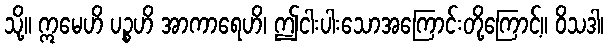
သို့။ ဣမေဟိ ပဉ္စဟိ အာကာရေဟိ၊ ဤငါးပါးသောအကြောင်းတို့ကြောင့်။ ဝိသဒါ၊